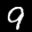
Label: 9